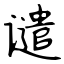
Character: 谴